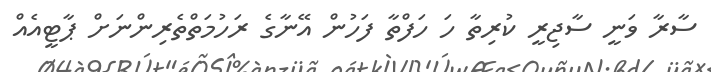
ސާރާ ވަނީ ސާޖިރީ ކުރިތާ ހަ ހަފްތާ ފަހުން އޭނާގެ ރަހުމަތްތެރިންނަށް ޕާޓީއެއް